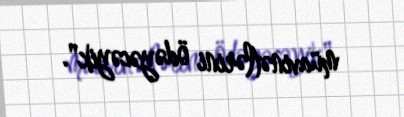
müavinətlərini ödəyəcəyik".